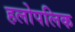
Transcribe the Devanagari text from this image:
हलोपलिक